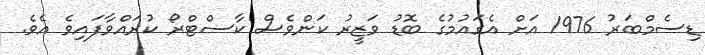
ޑިސެމްބަރު 1976 އަށް އެގައުމުގެ ބޮޑު ވަޒީރު ކަންވެސް ކާސްޓްރޯ ކުރައްވާފައިވެ އެވެ.